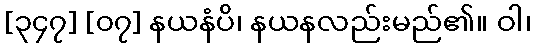
[၃၄၇] [၀၇] နယနံပိ၊ နယနလည်းမည်၏။ ဝါ၊